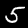
Label: 5